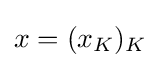
x=(x_{K})_{K}